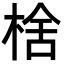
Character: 𬃉